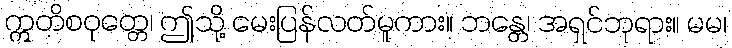
ဣတိစဝုတ္တေ၊ ဤသို့ မေးပြန်လတ်မူကား။ ဘန္တေ၊ အရှင်ဘုရား။ မမ၊